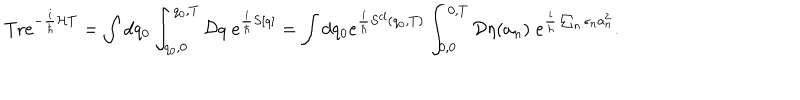
\textrm { T r } e ^ { - \frac { i } { \hbar } { \cal { H } } T } = \int d q _ { 0 } \int _ { q _ { 0 } , 0 } ^ { q _ { 0 } , T } { \cal { D } } q \; e ^ { \frac { i } { \hbar } S [ q ] } = \int d q _ { 0 } e ^ { \frac { i } { \hbar } S ^ { c l } ( q _ { 0 } , T ) } \int _ { 0 , 0 } ^ { 0 , T } { \cal { D } } \eta ( a _ { n } ) \; e ^ { \frac { i } { \hbar } \sum _ { n } \epsilon _ { n } a _ { n } ^ { 2 } } .